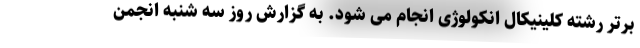
برتر رشته کلینیکال انکولوژی انجام می شود. به گزارش روز سه شنبه انجمن‌